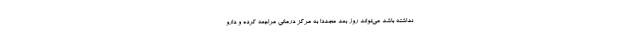
نداشته باشد می‌تواند روز بعد مجددا به مرکز درمانی مراجعه کرده و دارو